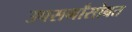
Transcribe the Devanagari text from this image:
उपसर्गांसोबत